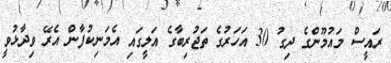
ރައީސް މައުމޫންގެ ދިގު 30 އަހަރުގެ ތަޖުރިބާގެ އަލީގައި އެމަނިކުފާން އެރޭ ވިދާޅުވީ